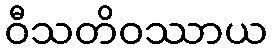
ဝီသတိဝဿာယ